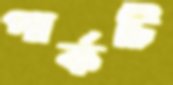
পার্কটি